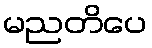
မညတိပေ